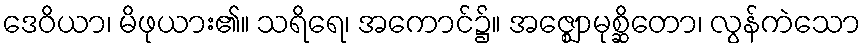
ဒေဝိယာ၊ မိဖုယား၏။ သရိရေ၊ အကောင်၌။ အဇ္ဈောမုစ္ဆိတော၊ လွန်ကဲသော